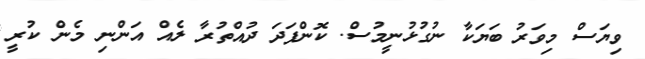
ވިޔަސް މިވަރު ބަޔަކާ ނުގުޅުނީމުސް. ކޮންފަދަ ދުއްތުރާ ލެއް އަންނި މެން ކުރީ